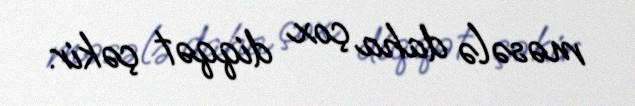
məsələ daha çox diqqət çəkir.